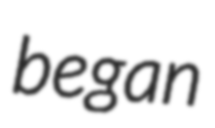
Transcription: began